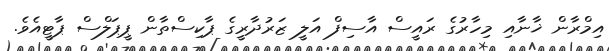
އިމްރާން ޚާނާއި މިހާރުގެ ރައީސް އާސިފް އަލީ ޒަރުދާރީގެ ޕާކިސްތާން ޕީޕަލްސް ޕާޓީއެވެ.